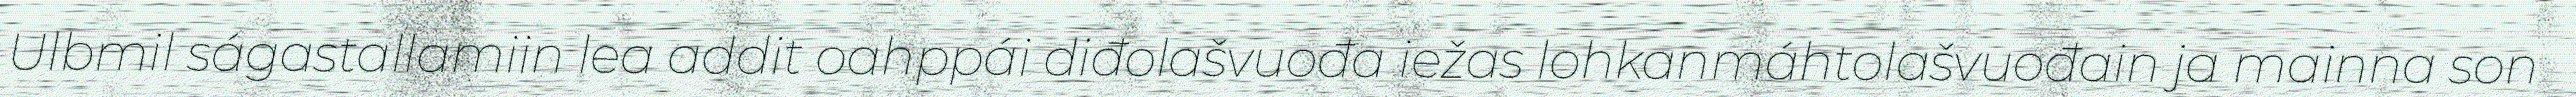
Ulbmil ságastallamiin lea addit oahppái diđolašvuođa iežas lohkanmáhtolašvuođain ja mainna son